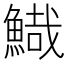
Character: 𩹯